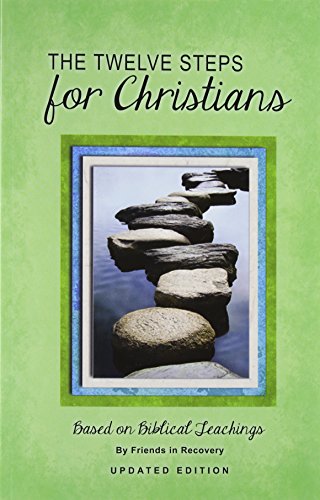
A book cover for The Twelve Steps for Christians; Friends in Recovery; Health, Fitness & Dieting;